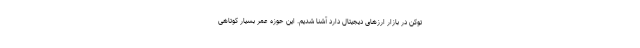
توکن در بازار ارزهای دیجیتال دارد آشنا شدیم. این حوزه عمر بسیار کوتاهی